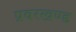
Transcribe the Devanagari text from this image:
प्रवरखण्ड